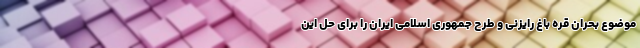
موضوع بحران قره باغ رایزنی و طرح جمهوری اسلامی ایران را برای حل این